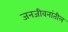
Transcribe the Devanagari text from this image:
जनजीवनांतील